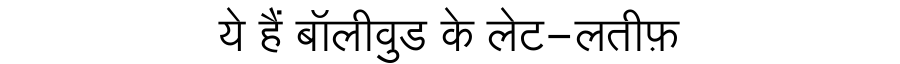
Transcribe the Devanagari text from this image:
ये हैं बॉलीवुड के लेट-लतीफ़